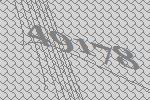
49178